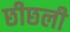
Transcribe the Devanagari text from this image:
छीछली